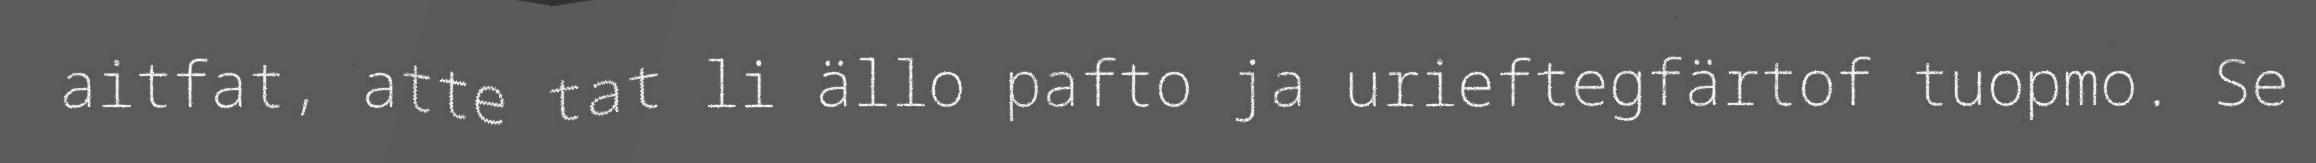
aitfat, atte tat li ällo pafto ja urieftegfärtof tuopmo. Se